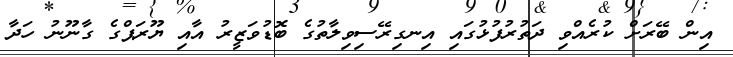
އިން ބޭރަށް ކުރެއްވި ދަތުރުފުޅުގައި އިނގިރޭސިވިލާތުގެ ބޮޑުވަޒީރު އާއި ޔޫރަޕްގެ ގާނޫނު ހަދާ